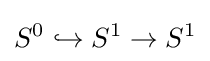
S^{0}\hookrightarrow S^{1}\rightarrow S^{1}